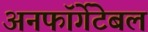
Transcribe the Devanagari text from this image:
अनफॉर्गेटेबल